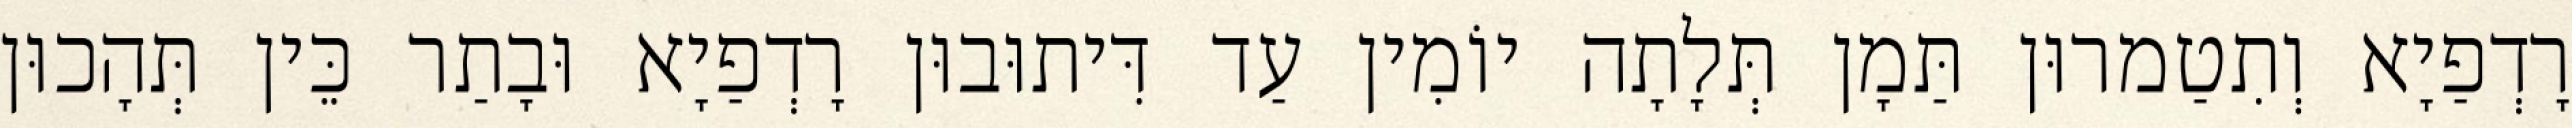
רָדְפַיָא וְתִטַמרוּן תַּמָן תְּלָתָה יוֹמִין עַד דִּיתוּבוּן רָדְפַיָא וּבָתַר כֵּין תְּהָכוּן